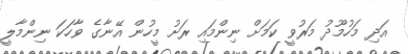
އަދި މަހުމޫދު މަރުވީ ކަމަށް ނިންމައި ރަށު މީހުން އޭނާގެ ވާހަކަ ނިންމާލީ